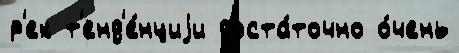
р'ек т'енд'е́нциjи доста́точно о́чень